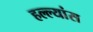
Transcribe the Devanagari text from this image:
हल्ल्यांस